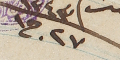
١٣٤٣	٢٧ ج١